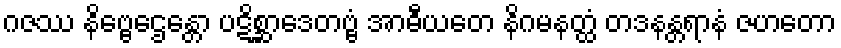
ဂဇဿ နိဗ္ဗေဌေန္တော ပဋိစ္ဆာဒေတဗ္ဗံ အာဓီယတေ နိဂမနတ္ထံ တဒနန္တရာနံ ဇဟတော